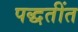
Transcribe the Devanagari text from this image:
पद्धतींत